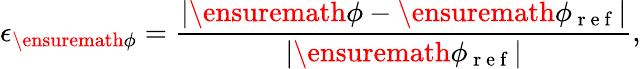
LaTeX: \epsilon_{\ensuremath{\mathbf{\phi}}}=\frac{|\ensuremath{\mathbf{\phi}}-\ensuremath{\mathbf{\phi}}_{\mathrm{~r~e~f~}}|}{|\ensuremath{\mathbf{\phi}}_{\mathrm{~r~e~f~}}|},